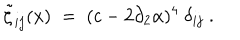
LaTeX: \tilde { \zeta } _ { i j } ( x ) \; = \; ( c - 2 \partial _ { 2 } \alpha ) ^ { 4 } \ \delta _ { i j } \ .